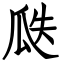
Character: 瓞